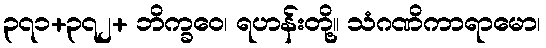
၃၇၁+၃၇၂+ ဘိက္ခဝေ၊ ရဟန်းတို့။ သံဂဏိကာရာမော၊